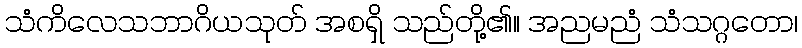
သံကိလေသဘာဂိယသုတ် အစရှိ သည်တို့၏။ အညမညံ သံသဂ္ဂတော၊